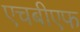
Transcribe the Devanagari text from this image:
एचबीएफ